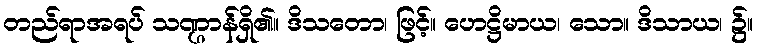
တည်ရာအရပ် သဏ္ဌာန်ရှိ၏။ ဒိသတော၊ ဖြင့်။ ဟေဋ္ဌိမာယ၊ သော။ ဒိသာယ၊ ၌။